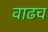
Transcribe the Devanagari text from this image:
वाढच